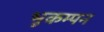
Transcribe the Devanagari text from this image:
भूकम्पन